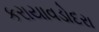
કરાયાવડોદરા